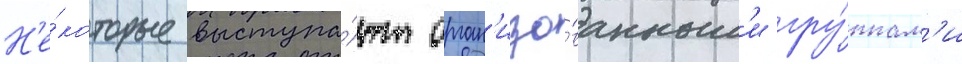
Н'е́которые выступа́ют орган'изо́ванным'и гру́ппам'и